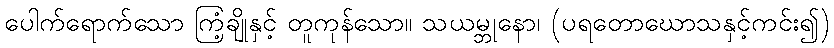
ပေါက်ရောက်သော ကြံ့ချိုနှင့် တူကုန်သော။ သယမ္ဘုနော၊ (ပရတောဃောသနှင့်ကင်း၍)